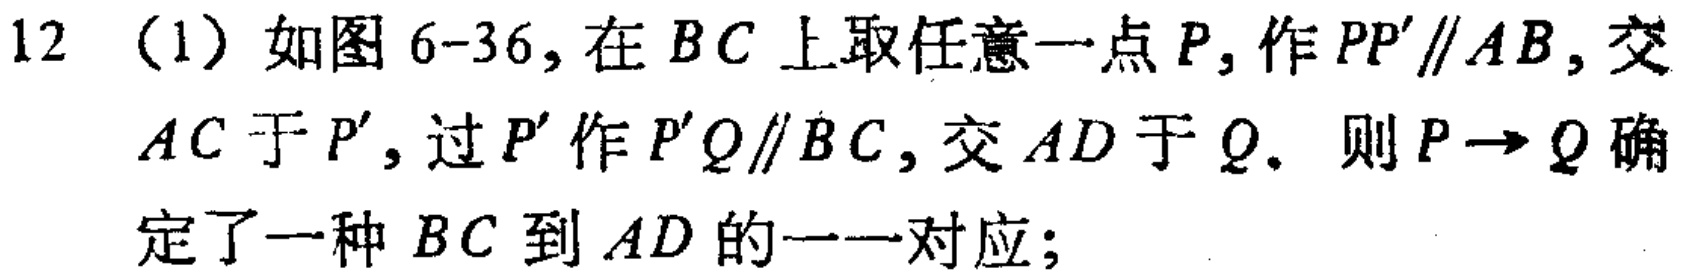
12（1）如图6-36，在 \(BC\) 上取任意一点 \(P\)，作 \(PP'\parallel AB\)，交 \(AC\) 于 \(P'\)，过 \(P'\) 作 \(P'Q\parallel BC\)，交 \(AD\) 于 \(Q\). 则 \(P\rightarrow Q\) 确定了一种 \(BC\) 到 \(AD\) 的一一对应；